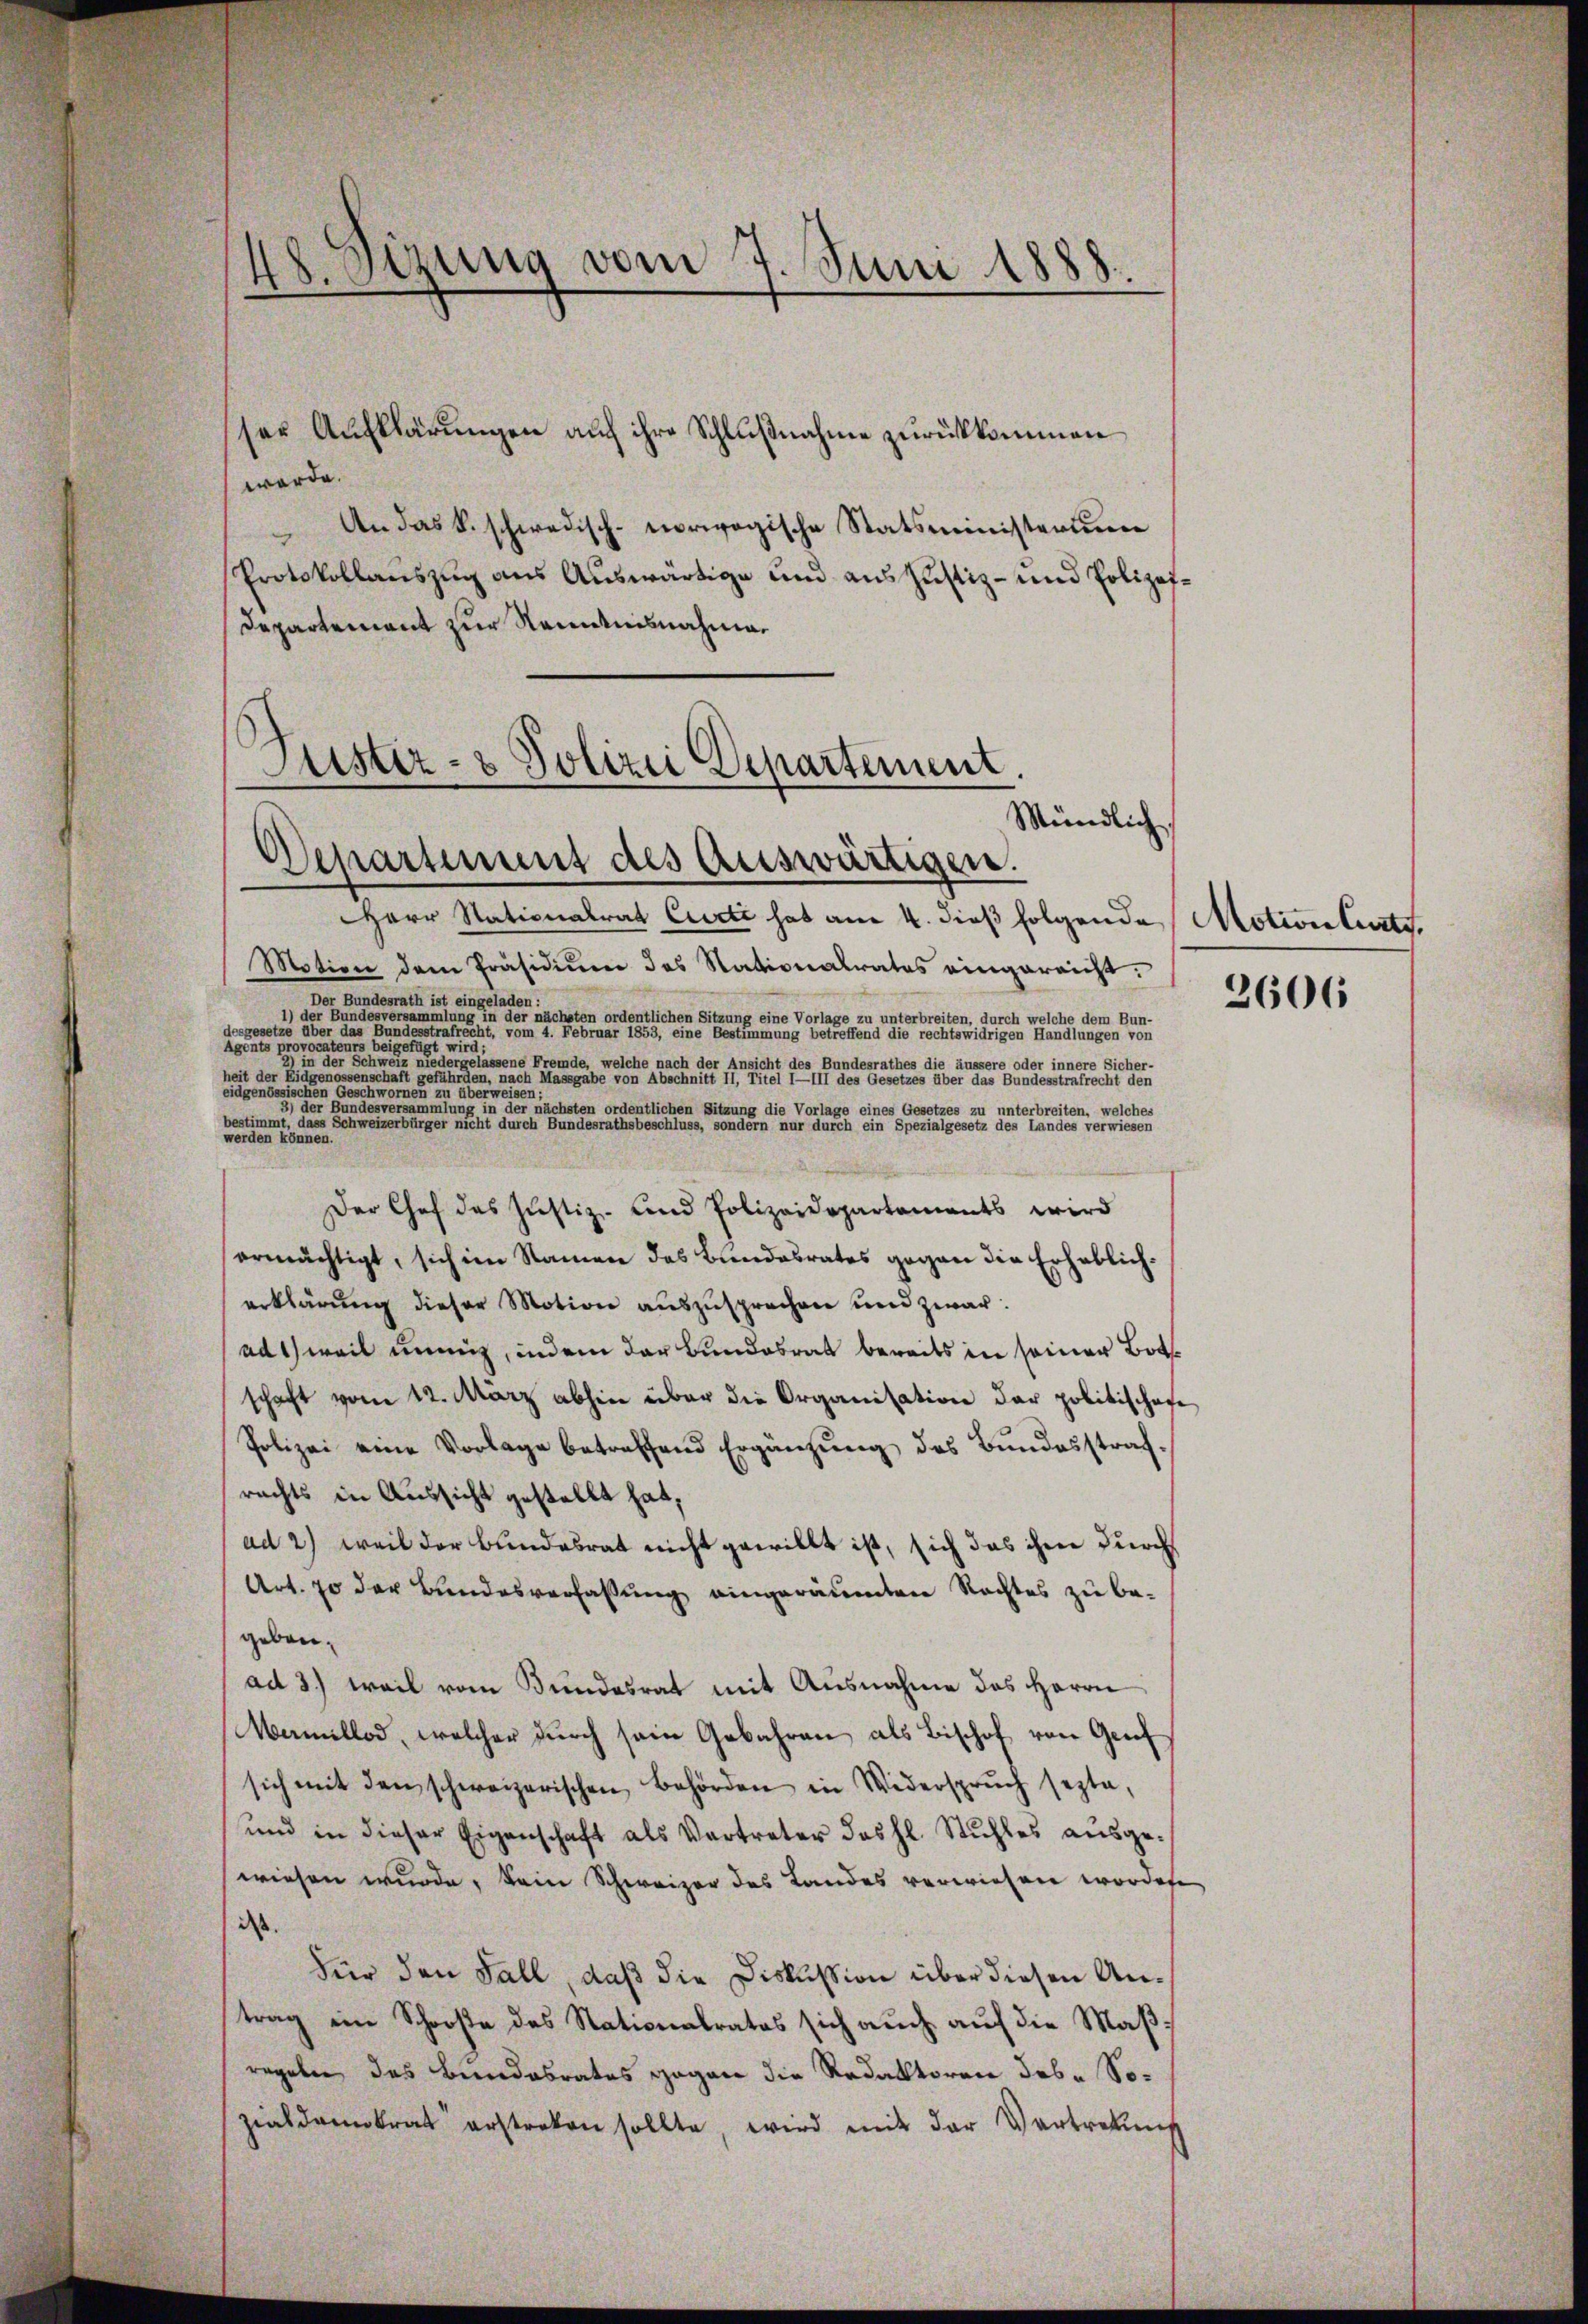
Herr Stationalrat Curti hat am 4. dieß folgende Motionsleiste
Motion dem Präsidiŭm des Nationalrates eingereicht.
Der Bundesrath ist eingeladen:
1) der Bundesversammlung in der nächsten ordentlichen Sitzung eine Vorlage zu unterbreiten, durch welche dem Bun-
desgesetze über das Bundesstrafrecht vom 4. Februar 1855, eine Bestimmung betreffend die rechtswidrigen Handlungen von

eter der Schweiz niedergelassene Fremde, welche nach der Ansicht des Bundesrathes die äussere oder innere Sicher-
heit der Eidgenossenschaft gefährden, nach Massgabe von Abschnitt II, Titel I—III des Gesetzes über das Bundesstrafrecht den

 Hundesversammlung in der nächsten ordentlichen Sitzung die Vorlage eines Gesetzes zu unterbreiten, welches
bestimmt, dass Schweizerbürger nicht durch Bundesrathsbeschluss, sondern nur durch ein Spezialgesetz des Landes verwiesen
werden können.
Der Chef das Justiz- und Polizeidepartaments wird
ermächtigt, sich im Namen des Bundesrates gegen die Erheblicherklärung dieser Motion auszusprechen und zwar:
adweil unmit, indem der Bundesrat bereits in seiner Botschaft vom 12. März abhin über die Organisation der politischafe
Polizei eine Vorlage betreffend Ergänzung des Bundesstrafrechts in Aussicht gestellt hat,
ad 2) weil der Bundesrat nicht gewillt ist, sich das ihre durch
Art. 70 der Bundesverfassung eingeräumten Rechtes zu be-
gebauad 3.) weil vom Bundesrat mit Ausnahme des Herrn
Mamllod, welcher durch sein Gebahren als Bischof von Genfsich mit den schweizerischen Behörden in Widersprŭch septe,
und in dieser Eigenschaft als Vertreter des hl. Stuhles ausge-
wiesen wurde, kein Schweizer des Landes verwiesen worden
dass
dier den Fall, daß die Diskussion über diesen Antrag ein Schooße des Stationalrates sich auch auf die Maßregeln das Bundesrates gegen die Redaktoren des - Sozialdemokrat erstreken sollte, wird mit der Vertretung

48. Sizung vom 7. Juni 1888.

ser Aufklärungen auf ihre Schlußnahme zurückkommen
werde.
An das K. schwedisch-vorwogische Statsministerium
Protskollauszug aus Auswärtige und aus Justiz- und Polizei¬
Departement zur Romanisnahmen
Justiz- & Polizei Departement.
Mündlich,

Departement des Auswärtigen.

2606